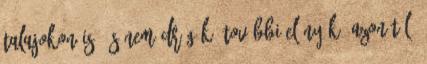
talajokon is, és nem drágák. További előnyük -azon túl,